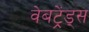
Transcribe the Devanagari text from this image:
वेबट्रेंड्स